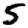
Digit: 5